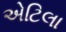
એટિલા